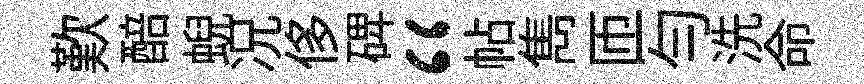
歎醅蜺况侈𥓓“帖雋匝勻洗命